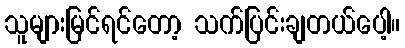
သူများမြင်ရင်တော့ သက်ပြင်းချတယ်ပေါ့။